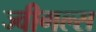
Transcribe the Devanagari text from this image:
ज्वीगल्स